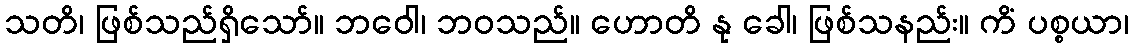
သတိ၊ ဖြစ်သည်ရှိသော်။ ဘဝေါ၊ ဘဝသည်။ ဟောတိ နု ခေါ၊ ဖြစ်သနည်း။ ကိံ ပစ္စယာ၊